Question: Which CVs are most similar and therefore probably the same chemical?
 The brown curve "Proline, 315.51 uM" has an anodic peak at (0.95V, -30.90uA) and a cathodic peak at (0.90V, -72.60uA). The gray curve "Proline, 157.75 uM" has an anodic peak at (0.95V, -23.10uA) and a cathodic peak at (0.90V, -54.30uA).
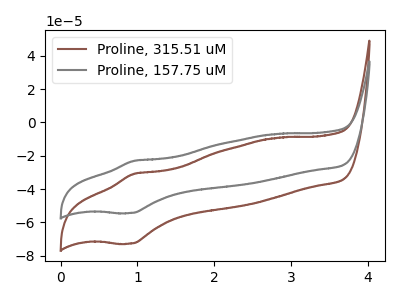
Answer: <think>All the peaks in "Proline, 315.51 uM" have a peak in "Proline, 157.75 uM" at the same potential.
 </think>
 <answer>"Proline, 315.51 uM" and "Proline, 157.75 uM" have the same shape and are likely CV's of the same chemical.</answer>
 <eval>"Proline, 315.51 uM" "Proline, 157.75 uM"</eval>